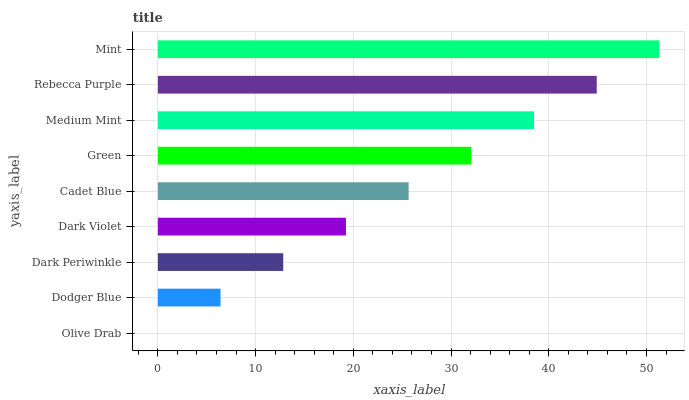
| yaxis_label | bars |
 | --- | --- |
 | Olive Drab | 0 |
 | Dodger Blue | 6.41 |
 | Dark Periwinkle | 12.8 |
 | Dark Violet | 19.2 |
 | Cadet Blue | 25.7 |
 | Green | 32.1 |
 | Medium Mint | 38.5 |
 | Rebecca Purple | 44.9 |
 | Mint | 51.3 |